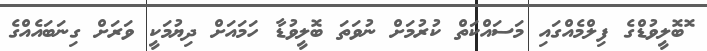
ޮބޮލީވުޑްގެ ފިލްމެއްގައި މަސައްކަތް ކުރުމަށް ނުވަތަ ބޮލީވުޑާ ހަމައަށް ދިޔުމަކީ ވަރަށް ގިނަބައެއްގެ